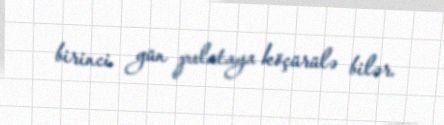
birinci gün palataya köçürülə bilər.